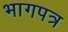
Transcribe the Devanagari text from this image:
भागपत्र